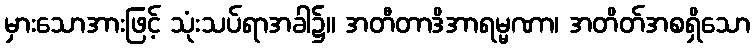
မှားသောအားဖြင့် သုံးသပ်ရာအခါ၌။ အတီတာဒိအာရမ္မဏာ၊ အတိတ်အစရှိသော